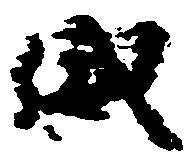
威